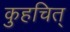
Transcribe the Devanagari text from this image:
कुहचित्